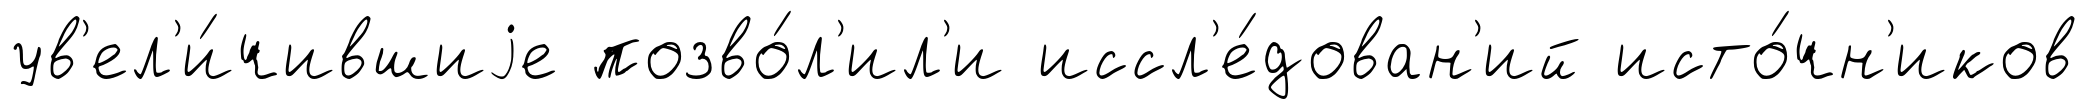
ув'ел'и́чившиjе позво́л'ил'и иссл'е́дован'ий исто́чн'иков